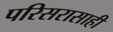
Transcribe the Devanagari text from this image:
परिसरासाही